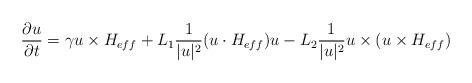
LaTeX: \begin{align*}\frac{\partial u}{\partial t}=\gamma u\times H_{eff}+L_1\frac{1}{|u|^2}(u\cdot H_{eff})u-L_2\frac{1}{|u|^2}u\times(u\times H_{eff})\end{align*}